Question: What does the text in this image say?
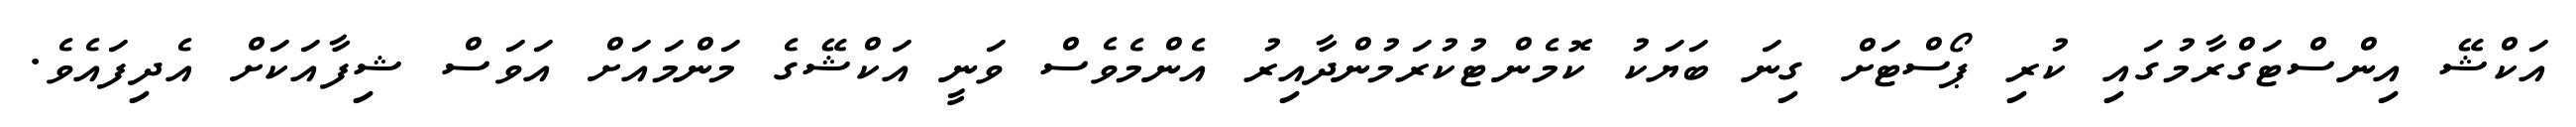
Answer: އަކްޝޭ އިންސްޓަގްރާމުގައި ކުރި ޕޯސްޓަށް ގިނަ ބަޔަކު ކޮމެންޓުކުރަމުންދާއިރު އެންމެވެސް ވަނީ އަކްޝޭގެ މަންމައަށް އަވަސް ޝިފާއަކަށް އެދިފައެވެ.